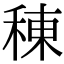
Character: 𫞸